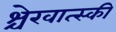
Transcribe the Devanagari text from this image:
श्चेरवात्स्की